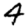
Digit: 4